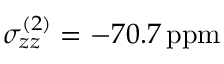
\sigma _ { z z } ^ { ( 2 ) } = - 7 0 . 7 \mathrm { \, p p m }